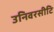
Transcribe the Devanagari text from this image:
उनिवरसीटि